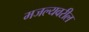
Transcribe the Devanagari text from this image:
मजल्यवरील